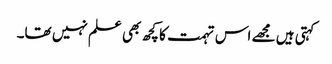
کہتی ہیں مجھے اس تہمت کا کچھ بھی علم نہیں تھا۔